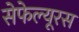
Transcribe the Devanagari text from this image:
सेफेल्यूरस